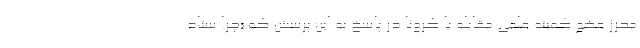
محرز عضو کمیته علمی مقابله با کرونا در پاسخ به این پرسش که «چرا ستاد